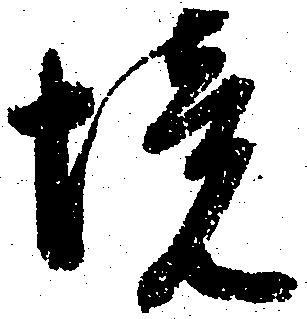
境